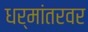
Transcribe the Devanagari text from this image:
धर्मांतरवर